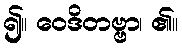
၍။ ဝေဒိတဗ္ဗာ၊ ၏။